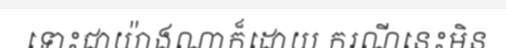
ទោះជាយ៉ាងណាក៏ដោយ ករណីនេះមិន